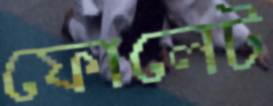
ফোলেট